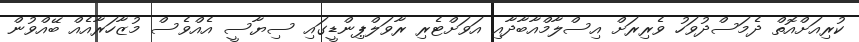
ކުރިއަށްއޮތް ދެމަސްދުވަހު ވެރިރަށް އިސްލާމްއާބާދާއި އަވަށްޓެރި ރާވަލްޕިންޑީގައި ސިޔާސީ އެއްވެސް މުޒާހަރާއެއް ބޭއްވުން